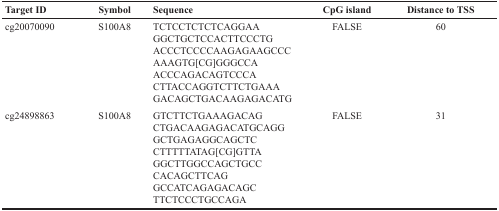
| Target ID | Symbol | Sequence | CpG island | Distance to TSS |
 | --- | --- | --- | --- | --- |
 | cg20070090 | S100A8 | TCTCCTCTCTCAGGAA GGCTGCTCCACTTCCCTG ACCCTCCCCAAGAGAAGCCC AAAGTG[CG]GGGCCA ACCCAGACAGTCCCA CTTACCAGGTCTTCTGAAA GACAGCTGACAAGAGACATG | FALSE | 60 |
 | cg24898863 | S100A8 | GTCTTCTGAAAGACAG CTGACAAGAGACATGCAGG GCTGAGAGGCAGCTC CTTTTTATAG[CG]GTTA GGCTTGGCCAGCTGCC CACAGCTTCAG GCCATCAGAGACAGC TTCTCCCTGCCAGA | FALSE | 31 |